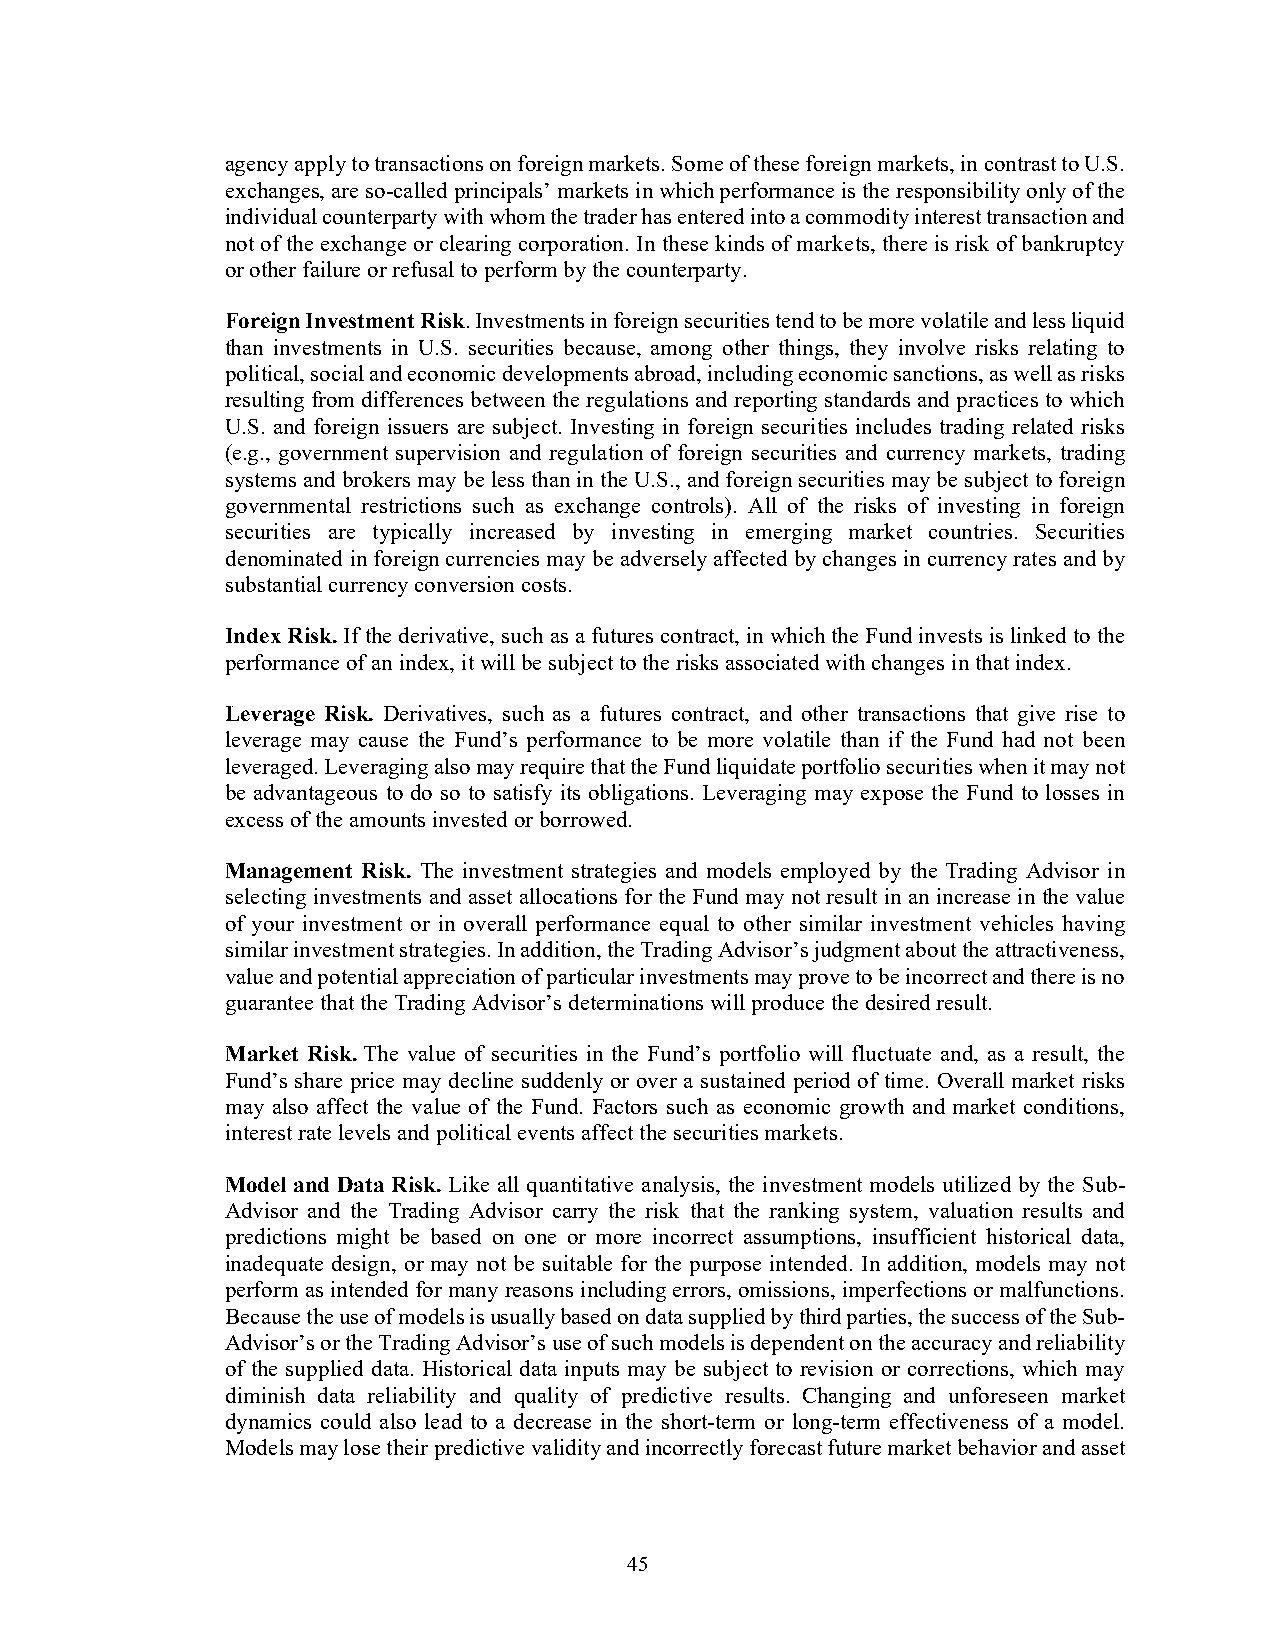
agency apply to transactions on foreign markets. Some of these foreign markets, in contrast to U.S.
 exchanges, are so-called principals’ markets in which performance is the responsibility only of the
 individual counterparty with whom the trader has entered into a commodity interest transaction and
 not of the exchange or clearing corporation. In these kinds of markets, there is risk of bankruptcy
 or other failure or refusal to perform by the counterparty.
 Foreign Investment Risk. Investments in foreign securities tend to be more volatile and less liquid
 than investments in U.S. securities because, among other things, they involve risks relating to
 political, social and economic developments abroad, including economic sanctions, as well as risks
 resulting from differences between the regulations and reporting standards and practices to which
 U.S. and foreign issuers are subject. Investing in foreign securities includes trading related risks
 (e.g., government supervision and regulation of foreign securities and currency markets, trading
 systems and brokers may be less than in the U.S., and foreign securities may be subject to foreign
 governmental restrictions such as exchange controls). All of the risks of investing in foreign
 securities are typically increased by investing in emerging market countries. Securities
 denominated in foreign currencies may be adversely affected by changes in currency rates and by
 substantial currency conversion costs.
 Index Risk. If the derivative, such as a futures contract, in which the Fund invests is linked to the
 performance of an index, it will be subject to the risks associated with changes in that index.
 Leverage Risk. Derivatives, such as a futures contract, and other transactions that give rise to
 leverage may cause the Fund’s performance to be more volatile than if the Fund had not been
 leveraged. Leveraging also may require that the Fund liquidate portfolio securities when it may not
 be advantageous to do so to satisfy its obligations. Leveraging may expose the Fund to losses in
 excess of the amounts invested or borrowed.
 Management Risk. The investment strategies and models employed by the Trading Advisor in
 selecting investments and asset allocations for the Fund may not result in an increase in the value
 of your investment or in overall performance equal to other similar investment vehicles having
 similar investment strategies. In addition, the Trading Advisor’s judgment about the attractiveness,
 value and potential appreciation of particular investments may prove to be incorrect and there is no
 guarantee that the Trading Advisor’s determinations will produce the desired result.
 Market Risk. The value of securities in the Fund’s portfolio will fluctuate and, as a result, the
 Fund’s share price may decline suddenly or over a sustained period of time. Overall market risks
 may also affect the value of the Fund. Factors such as economic growth and market conditions,
 interest rate levels and political events affect the securities markets.
 Model and Data Risk. Like all quantitative analysis, the investment models utilized by the Sub-
 Advisor and the Trading Advisor carry the risk that the ranking system, valuation results and
 predictions might be based on one or more incorrect assumptions, insufficient historical data,
 inadequate design, or may not be suitable for the purpose intended. In addition, models may not
 perform as intended for many reasons including errors, omissions, imperfections or malfunctions.
 Because the use of models is usually based on data supplied by third parties, the success of the Sub-
 Advisor’s or the Trading Advisor’s use of such models is dependent on the accuracy and reliability
 of the supplied data. Historical data inputs may be subject to revision or corrections, which may
 diminish data reliability and quality of predictive results. Changing and unforeseen market
 dynamics could also lead to a decrease in the short-term or long-term effectiveness of a model.
 Models may lose their predictive validity and incorrectly forecast future market behavior and asset
 45